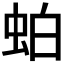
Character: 𬠀